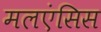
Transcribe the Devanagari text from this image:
मलएंसिस